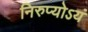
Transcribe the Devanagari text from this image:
निरुप्योऽयं